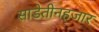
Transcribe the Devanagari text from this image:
साडेतीनहजार